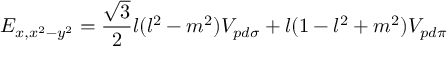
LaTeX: E _ { x , x ^ { 2 } - y ^ { 2 } } = { \frac { \sqrt { 3 } } { 2 } } l ( l ^ { 2 } - m ^ { 2 } ) V _ { p d \sigma } + l ( 1 - l ^ { 2 } + m ^ { 2 } ) V _ { p d \pi }